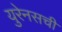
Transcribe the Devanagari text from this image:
युरेनसची